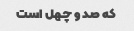
که صد و چهل است